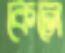
কেলে